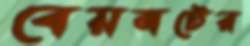
বেয়নটের